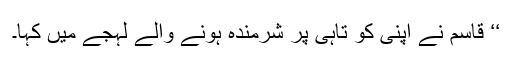
‘‘ قاسم نے اپنی کو تاہی پر شرمندہ ہونے والے لہجے میں کہا۔